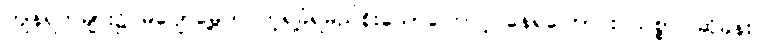
ကျန်ရက်များ၌ မပျော်မွေ့ဘဲ ကဲ့ရဲ့ခံရမည်စိုးသောကြောင့် နေရကြောင်း သစ္စာပြဆိုခန်း။